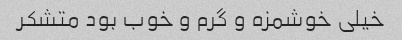
خیلی خوشمزه و گرم و خوب بود متشکر